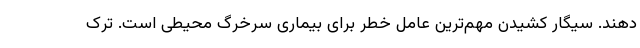
دهند. سیگار کشیدن مهم‌ترین عامل خطر برای بیماری سرخرگ محیطی است. ترک